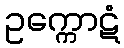
ဥက္ကောဋံ